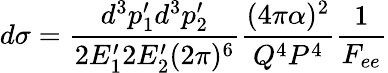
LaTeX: d\sigma=\frac{d^{3}p_{1}^{\prime}d^{3}p_{2}^{\prime}}{2E_{1}^{\prime}2E_{2}^{\prime}(2\pi)^{6}}\frac{(4\pi\alpha)^{2}}{Q^{4}P^{4}}\frac{1}{F_{ee}}